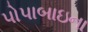
પોપાબાઇના